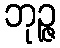
ဘုဉ္ဇ